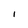
Character: I